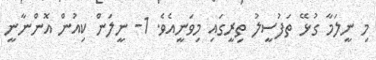
މި ނީލަމާ ގުޅޭ ތަފުސީލު ތިރީގައި މިވަނީއެވެ. 1- ނީލަން ކިއުން އޮންނާނީ